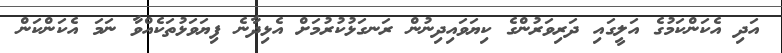
އަދި އެކަންކަމުގެ އަލީގައި ދަރިވަރުންގެ ކިޔަވައިދިނުން ރަނގަޅުކުރުމަށް އެޅިދާނެ ފިޔަވަޅުތަކެއްވާ ނަމަ އެކަންކަން